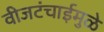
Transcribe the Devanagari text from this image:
वीजटंचाईमुळे